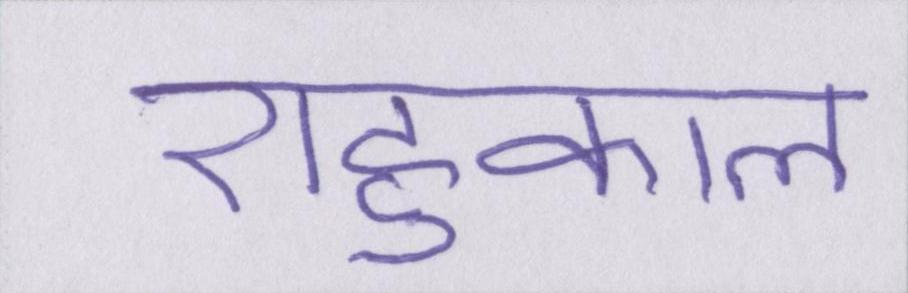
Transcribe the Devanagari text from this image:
राहुकाल